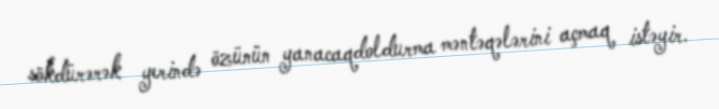
sökdürərək yerində özünün yanacaqdoldurma məntəqələrini açmaq istəyir.